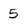
Character: 5